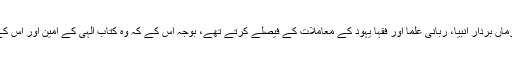
''اس کے مطابق خدا کے فرماں بردار انبیا، ربانی علما اور فقہا یہود کے معاملات کے فیصلے کرتے تھے، بوجہ اس کے کہ وہ کتاب الٰہی کے امین اور اس کے گواہ ٹھہرائے گئے تھے۔